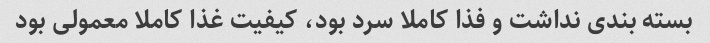
بسته بندی نداشت و فذا کاملا سرد بود، کیفیت غذا کاملا معمولی بود